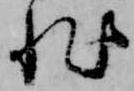
非